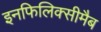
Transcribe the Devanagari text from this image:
इनफिलिक्सीमैब